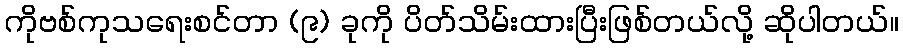
ကိုဗစ်ကုသရေးစင်တာ (၉) ခုကို ပိတ်သိမ်းထားပြီးဖြစ်တယ်လို့ ဆိုပါတယ်။